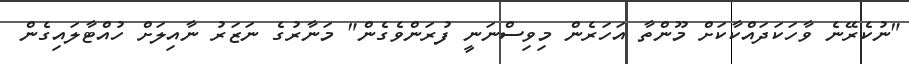
"ނުކެރޭނެ ވާހަކަދައްކާކަށް މޫންތާ އަހަރެން މިވިސްނަނީ ފުރަންވެގެން" މަނާރުގެ ނަޒަރު ނާއިލަށް ހުއްޓާލައިގެން